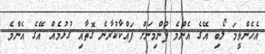
އެހެންވީމަ ލޯބި އޭގެ އެންމެ ފުންމިނަށް ފައްކާކުރާނެ ގޮތާއި ގުޅުމެއް އޭގެ އެންމެ